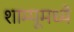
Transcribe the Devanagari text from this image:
शाम्पूमध्ये